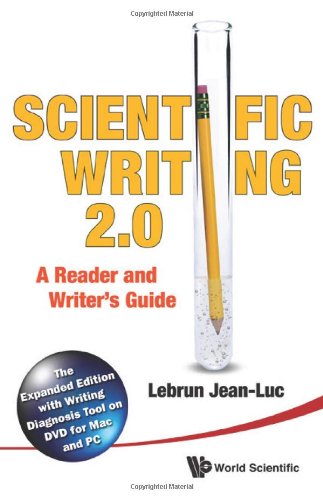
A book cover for Scientific Writing: A Reader and Writer's Guide; Jean-Luc Lebrun; Science & Math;